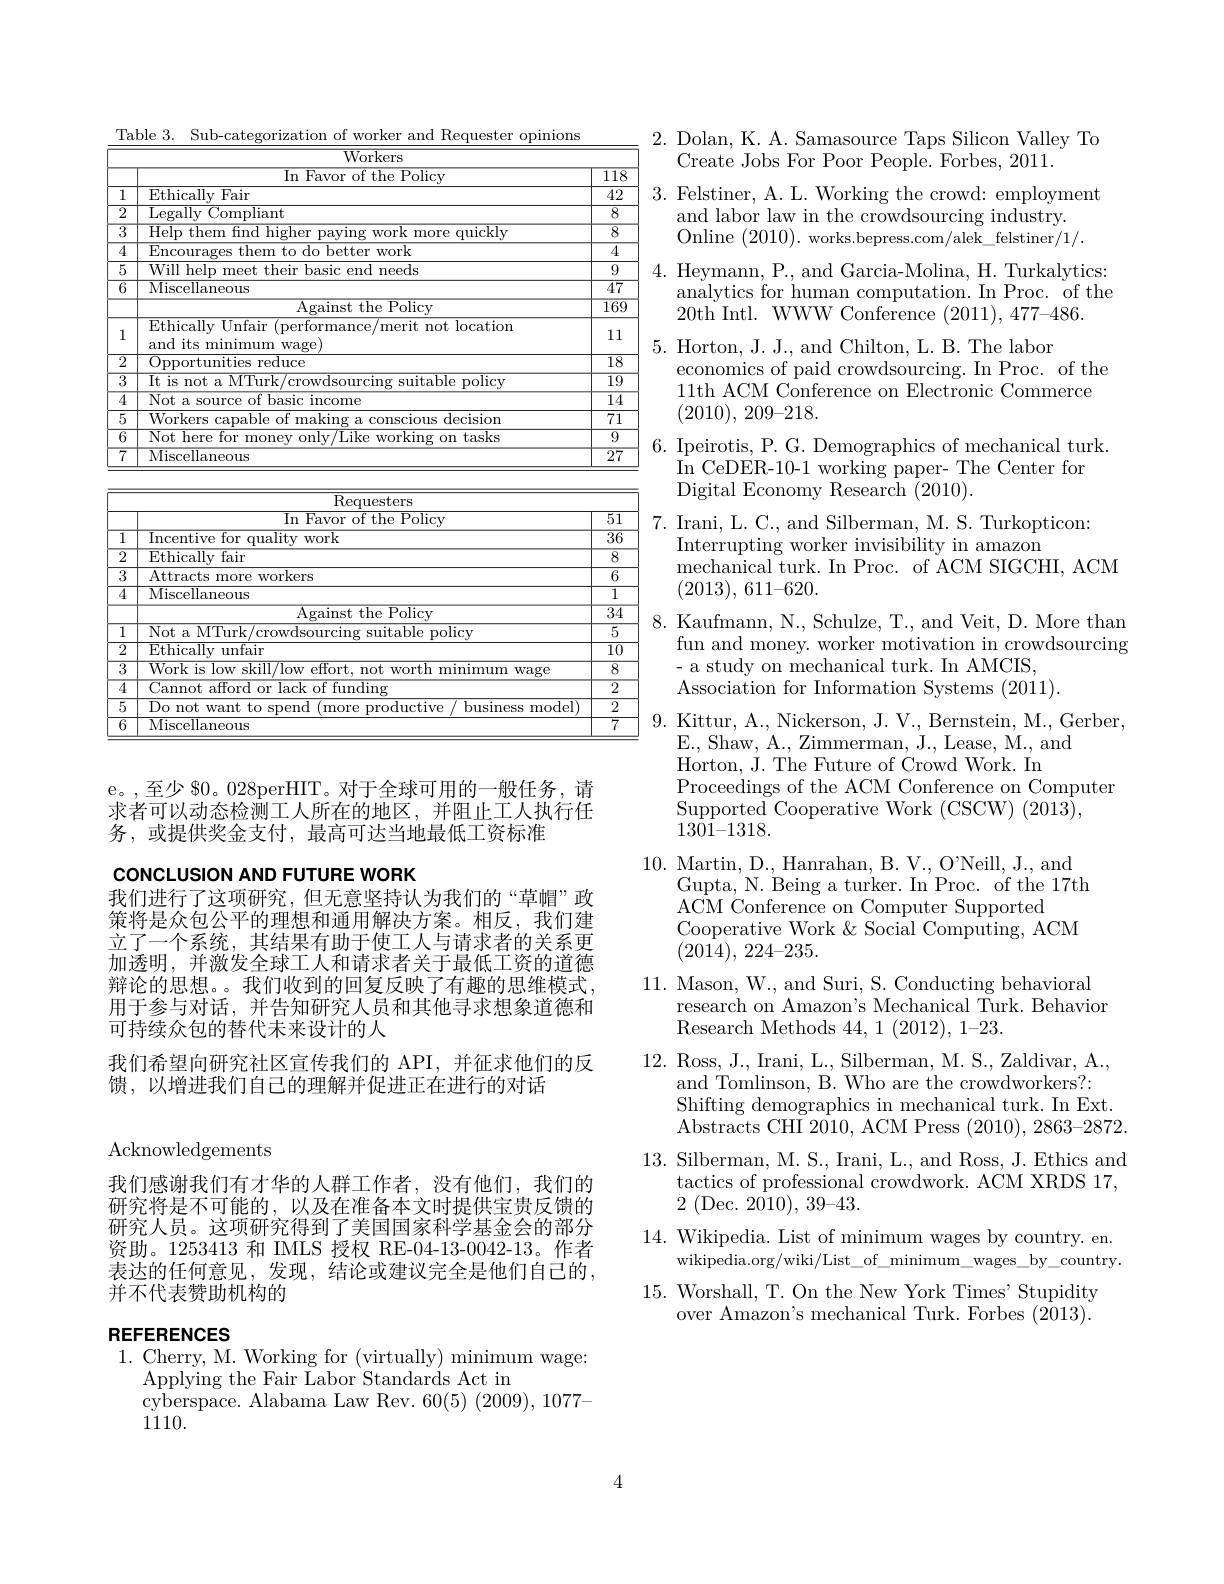
<table>
	<tbody>
		<tr>
			<th colspan="3">$\overline{{\mathrm{Workers}}}$</th>
		</tr>
		<tr>
			<th> </th>
			<th>$\operatorname{In}$ Favor of the Policy</th>
			<th>$\overline{118}$</th>
		</tr>
		<tr>
			<td>1</td>
			<td>Ethically Fair</td>
			<td>$\overline{42}$</td>
		</tr>
		<tr>
			<td>$\overline{2}$</td>
			<td>Legally Compliant</td>
			<td>$\overline{8}$</td>
		</tr>
		<tr>
			<td>$\overline{3}$ 飞</td>
			<td>Heln them hnd hiohe more quicklv</td>
			<td>$\overline{8}$</td>
		</tr>
		<tr>
			<td>$\overline{4}$</td>
			<td>Encoun hetter ${\mathrm{~work}}$</td>
			<td>$\overline{4}$</td>
		</tr>
		<tr>
			<td>$\overline{5}$</td>
			<td>will heln their hasir $\because$end $\textbf{d needs}$ mpp1</td>
			<td>9</td>
		</tr>
		<tr>
			<td rowspan="2">$\overline{6}$</td>
			<td>$\overline{\mathrm{Miscellaneous}}$</td>
			<td>$\overline{47}$</td>
		</tr>
		<tr>
			<td>$\overline{\mathrm{Against~the~Policy}}$</td>
			<td>$\overline{169}$</td>
		</tr>
		<tr>
			<td></td>
			<td>Ethically Unfair (performance/merit not location and its minimum wage)</td>
			<td>11</td>
		</tr>
		<tr>
			<td>$\overline{2}$</td>
			<td>Opportunities ${\overline{{\mathrm{s~reduce}}}}$</td>
			<td>$\overline{18}$</td>
		</tr>
		<tr>
			<td> 飞 </td>
			<td>is not itable policv</td>
			<td>$\overline{19}$</td>
		</tr>
		<tr>
			<td>$\overline{4}$</td>
			<td>$Not:$ a: SOurce tbasic $w_{1}$ $\operatorname{income}$</td>
			<td>$\overline{14}$</td>
		</tr>
		<tr>
			<td>$\overline{5}$</td>
			<td>Workers 3 capable of making conscious decision</td>
			<td>$\overline{71}$</td>
		</tr>
		<tr>
			<td>$\overline{6}$</td>
			<td>Nat here -kine tasks 'nr mone $kF$ WOT</td>
			<td>9</td>
		</tr>
		<tr>
			<td>6</td>
			<td>$|\mathbf{N}c$ $0t$ : here s tor :monev 7 onlv/Like : working TI on tasks</td>
			<td> </td>
		</tr>
		<tr>
			<td rowspan="4">$\overline{7}$</td>
			<td>$\overline{\mathrm{Miscellaneous}}$</td>
			<td>$\overline{27}$</td>
		</tr>
		<tr>
			<td>Miscellaneous</td>
			<td>$2^{\prime}$</td>
		</tr>
		<tr>
			<td> </td>
			<td> </td>
		</tr>
		<tr>
			<td>$\overline{{\mathrm{Requesters}}}$</td>
			<td> </td>
		</tr>
		<tr>
			<td> </td>
			<td>$\frac{\mathrm{In~Favor~of~the~Policy}}{\mathrm{In~Favor~of~the~Policy}}$</td>
			<td>$\overline{51}$</td>
		</tr>
		<tr>
			<td></td>
			<td>|ncentive tv work</td>
			<td>$\overline{36}$</td>
		</tr>
		<tr>
			<td>$\overline{2}$</td>
			<td>$\overline{\mathrm{Ethically~fair}}$</td>
			<td>$\overline{8}$</td>
		</tr>
		<tr>
			<td>3 飞</td>
			<td>Attracts s more ${\overline{\mathrm{workers}}}$</td>
			<td></td>
		</tr>
		<tr>
			<td rowspan="2">$\overline{4}$</td>
			<td>$\overline{\mathrm{Miscellaneous}}$</td>
			<td>$\overline{1}$</td>
		</tr>
		<tr>
			<td>$\overline{\mathrm{Against~the~Policy}}$</td>
			<td>$\overline{34}$</td>
		</tr>
		<tr>
			<td>1</td>
			<td>Not. MThr uitable policv</td>
			<td>$\overline{5}$</td>
		</tr>
		<tr>
			<td>$\overline{2}$</td>
			<td>$\overline{\text{Ethically unfair}}$</td>
			<td>$\overline{10}$</td>
		</tr>
		<tr>
			<td>$\overline{3}$</td>
			<td>Work is skill/low bHort Morth minimum Wage</td>
			<td>$\overline{8}$</td>
		</tr>
		<tr>
			<td>$\overline{4}$</td>
			<td>Cannot afford 0r ${\overline{{\text{r lack of funding}}}}$</td>
			<td>$\overline{2}$</td>
		</tr>
		<tr>
			<td>$\overline{5}$</td>
			<td>$|)_{0}$not hllsinpss model</td>
			<td>2</td>
		</tr>
		<tr>
			<td>$\overline{6}$</td>
			<td>$\overline{\mathrm{Miscellaneous}}$</td>
			<td>$\overline{7}$</td>
		</tr>
	</tbody>
</table>
e。,至少 $0。028perHIT。对于全球可用的一般任务，请

求者可以动态检测工人所在的地区，并阻止工人执行任
务，或提供奖金支付，最高可达当地最低工资标准

concLusion AND FUTURE WORK
我们进行了这项研究，但无意坚持认为我们的“草帽”政

策将是众包公平的理想和通用解决方案。相反，我们建立了一个系统，其结果有助于使工人与请求者的关系更加透明，并激发全球工人和请求者关于最低工资的道德辩论的思想。。我们收到的回复反映了有趣的思维模式， 用于参与对话，并告知研究人员和其他寻求想象道德和可持续众包的替代未来设计的人
我们希望向研究社区宣传我们的 API,并征求他们的反
馈，以增进我们自己的理解并促进正在进行的对话

Acknowledgements

我们感谢我们有才华的人群工作者，没有他们，我们的研究将是不可能的，以及在准备本文时提供宝贵反馈的研究人员。这项研究得到了美国国家科学基金会的部分资助。1253413 和 IMLS 授权 RE-04-13-0042-13。作者表达的任何意见，发现，结论或建议完全是他们自己的， 并不代表赞助机构的

### REFERENCES 1. Cherry, M. Working for (virtually) minimum wage:

Applying the Fair Labor Standards Act in
cyberspace. Alabama Law Rev. 60(5) (2009), 1077-
11110.

4

2. Dolan, K. A. Samasource Taps Silicon Valley To
Create Jobs For Poor People. Forbes, 2011.
3. Felstiner, A. L. Working the crowd: employment
and labor law in the crowdsourcing industry. Online (2010).works.bepress.com/alek\_felstiner/1/.
4. Heymann, P., and Garcia-Molina, H. Turkalytics:
analytics for human computation. In Proc. of the
20th Intl. WWW Conference (2011),477-486.
5. Horton, J. J. J. and Chilton, L. B. The labor
economics of paid crowdsourcing. In Proc. of the 11th ACM Conference on Electronic Commerce (2010), 209-218.
6. Ipeirotis, P. G. Demographics of mechanical turk.
$\begin{array}{c}{\mathrm{In~CeDER-10-1~working~paper-~The~Center~for}}\\{\mathrm{D}}\end{array}$
Digital Economy Research (2010).
7. Irani, L. C., and Silberman, M. S. Turkopticon:
Interrupting worker invisibility in amazon
mechanical turk. In Proc. of ACM SIGCHI, ACM
(2013), $611– 620.$
8. Kaufmann, N., Schulze, T., and Veit, D. More than
fun and money. worker motivation in crowdsourcing
- a study on mechanical turk. In AMCIS,
Association for Information Systems (2011).
9. Kittur, A., Nickerson, J. V., Bernstein, M., Gerber,
E., Shaw, A., Zimmerman, J., Lease, M., and
Horton, J. The Future of Crowd Work. In
Proceedings of the ACM Conference on Computer
Supported Cooperative Work (CSCW) (2013),
$13\bar{01}-1318.$
10. Martin, D., Hanrahan, B. V., O'Neill, J., and
Gupta, N. Being a turker. In Proc. of the 17th
ACM Conference on Computer Supported
Cooperative Work & Social Computing, ACM
(2014), 224-235.
11. Mason, W., and Suri, S. Conducting behavioral
research on Amazon's Mechanical Turk. Behavior
Research Methods 44, 1 (2012), 1-23.
12. Ross, J., Irani, L., Silberman, M. S., Zaldivar, A.,
and Tomlinson, B. Who are the crowdworkers?:
Shifting demographics in mechanical turk. In Ext. Abstracts CHI 2010, ACM Press ( 2010) , 2863- 2872.
13. Silberman, M. S., Irani, L., and Ross, J. Ethics and
tactics of professional crowdwork. ACM XRDS 17,
$2\pmod{2010},39–43.$
14. Wikipedia. List of minimum wages by country. en.
wikipedia.org/wiki/List\_of\_minimum\_wages\_by\_country.
15. Worshall, T. On the New York Times' Stupidity
over Amazon's mechanical Turk. Forbes (2013).